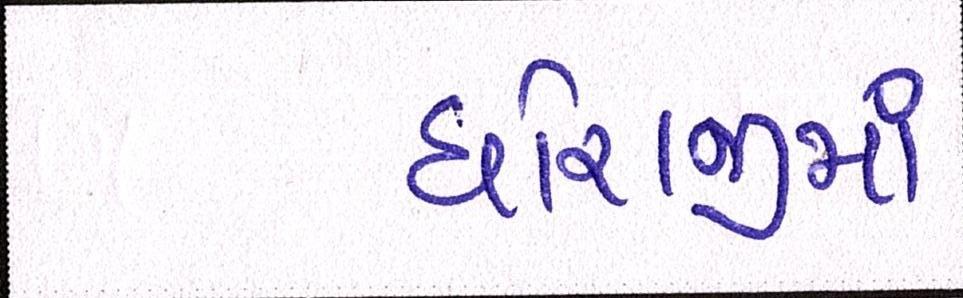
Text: ધોરાજીમાં